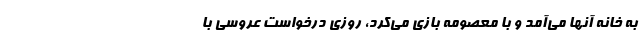
به خانه‌ آنها می‌آمد و با معصومه بازی می‌کرد، روزی درخواست عروسی با